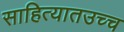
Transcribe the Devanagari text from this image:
साहित्यातउच्च